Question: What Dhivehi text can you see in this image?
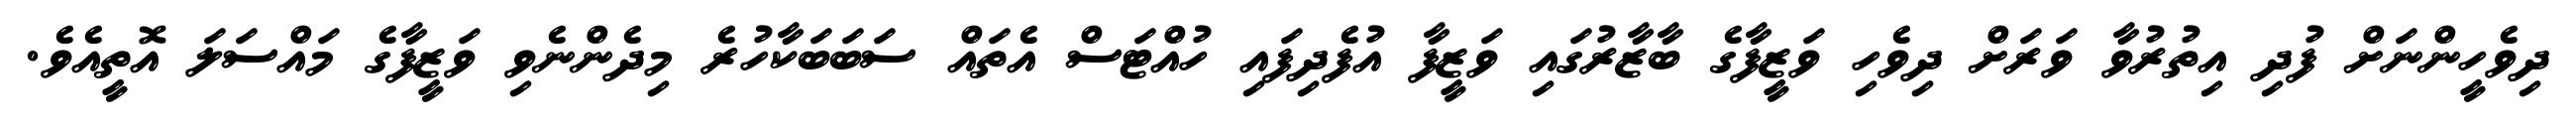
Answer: ދިވެހީންނަށް ފުދި އިތުރުވާ ވަރަށް ދިވެހި ވަޒީފާގެ ބާޒާރުގައި ވަޒީފާ އުފެދިފައި ހުއްޓަސް އެތައް ސަބަބަކާހުރެ މިދެންނެވި ވަޒީފާގެ މައްސަލަ އޮތީއެވެ.